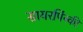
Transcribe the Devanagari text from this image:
सायरपिंस्की